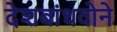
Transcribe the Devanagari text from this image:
देशबांधवोने